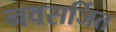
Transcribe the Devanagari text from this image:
नवसर्जित